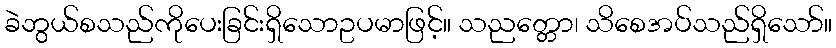
ခဲဘွယ်စသည်ကိုပေးခြင်းရှိသောဥပမာဖြင့်။ သညတ္တော၊ သိစေအပ်သည်ရှိသော်။